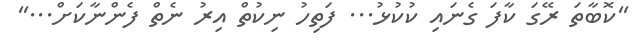
''ކޮބާތަ ރޭގަ ކާފަ ގެނައި ކުކުޅު... ފަތިހު ނިކުތް އިރު ނެތް ފެންނާކަށް...''